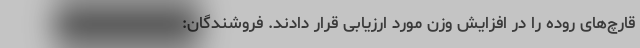
قارچ‌های روده را در افزایش وزن مورد ارزیابی قرار دادند. فروشندگان: